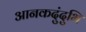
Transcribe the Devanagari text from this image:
आनकदुंदुभि